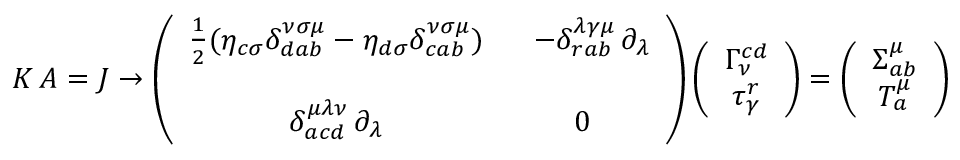
K \, A = J \rightarrow \left( \begin{array} { c c } { { \frac { 1 } { 2 } ( \eta _ { c \sigma } \delta _ { d a b } ^ { \nu \sigma \mu } - \eta _ { d \sigma } \delta _ { c a b } ^ { \nu \sigma \mu } ) } } & { { \ \ - \delta _ { r a b } ^ { \lambda \gamma \mu } \, \partial _ { \lambda } } } \\ { { } } & { { } } \\ { { \delta _ { a c d } ^ { \mu \lambda \nu } \, \partial _ { \lambda } } } & { { 0 } } \end{array} \right) \left( \begin{array} { c } { { \Gamma _ { \nu } ^ { c d } } } \\ { { \tau _ { \gamma } ^ { r } } } \end{array} \right) = \left( \begin{array} { c } { { \Sigma _ { a b } ^ { \mu } } } \\ { { T _ { a } ^ { \mu } } } \end{array} \right)